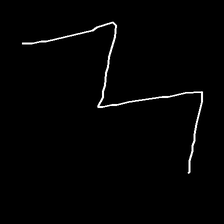
Glyph: crush